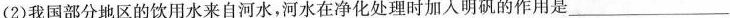
(2)我国部分地区的饮用水来自河水，河水在净化处理时加入明矾的作用是___